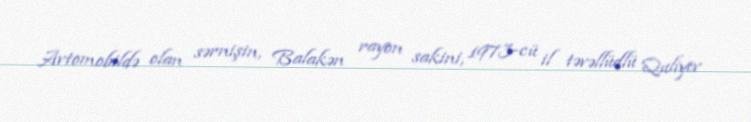
Avtomobildə olan sərnişin, Balakən rayon sakini, 1973-cü il təvəllüdlü Quliyev